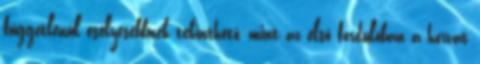
függetlenül esélyesebbnek tekinthető, mint az első fordulóban a horvát